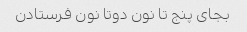
بجای پنج تا نون دوتا نون فرستادن